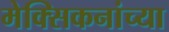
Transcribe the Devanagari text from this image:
मेक्सिकनांच्या